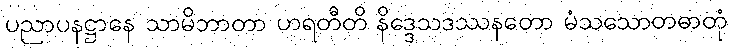
ပညာပနဋ္ဌာနေ သာမိဘာတာ ဟရတီတိ နိဒ္ဒေသဒဿနတော မံသသောတဓာတုံ